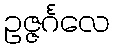
ဥဇ္ဇင်္ဂလေ